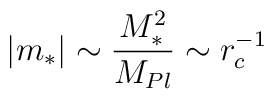
|m_*| \sim \frac{M_*^2}{M_{Pl}} \sim r_c^{-1}